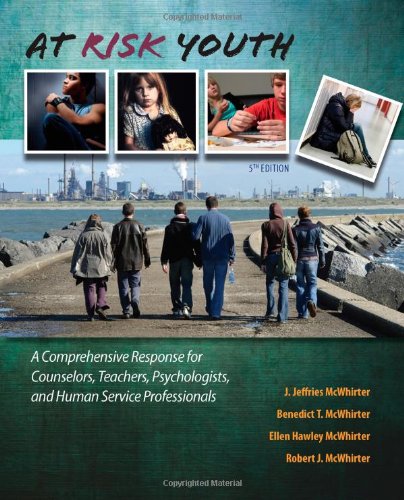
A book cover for At Risk Youth, 5th Edition; J. Jeffries McWhirter; Education & Teaching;